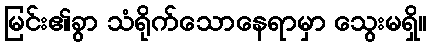
မြင်း၏ခွာ သံရိုက်သောနေရာမှာ သွေးမရှိ။